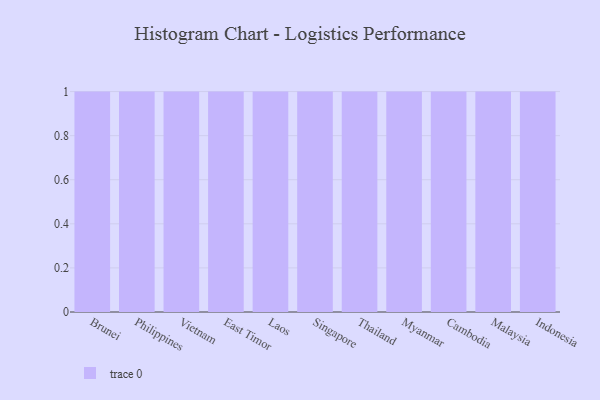
{"axis": {"x": "Country", "y": "Customer Acquisition Cost (USD)"}, "legend": [""], "data": [{"x": "Brunei", "y": 4, "type": ""}, {"x": "Philippines", "y": 99, "type": ""}, {"x": "Vietnam", "y": 57, "type": ""}, {"x": "East Timor", "y": 86, "type": ""}, {"x": "Laos", "y": 67, "type": ""}, {"x": "Singapore", "y": 11, "type": ""}, {"x": "Thailand", "y": 72, "type": ""}, {"x": "Myanmar", "y": 53, "type": ""}, {"x": "Cambodia", "y": 78, "type": ""}, {"x": "Malaysia", "y": 57, "type": ""}, {"x": "Indonesia", "y": 74, "type": ""}]}